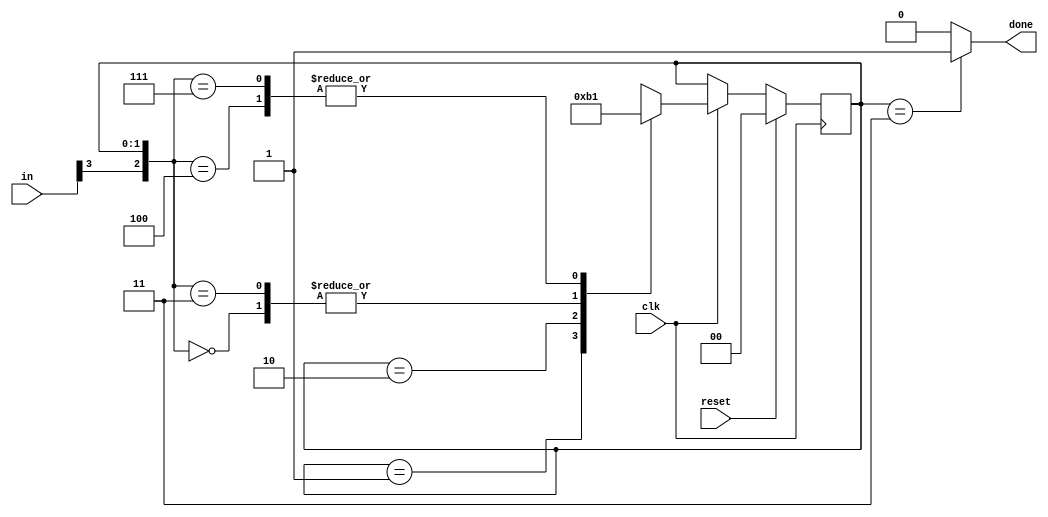
/*

Copyright 2022 Marc Ketel
SPDX-License-Identifier: Apache-2.0

*/

`default_nettype none

module top_module (
    input wire clk,
    input wire [7:0] in,
    input wire reset,
    output reg done
);

  parameter STATE_BYTE1 = 2'b00;
  parameter STATE_BYTE2 = 2'b01;
  parameter STATE_BYTE3 = 2'b10;
  parameter STATE_DONE = 2'b11;

  reg [1:0] state, next_state = STATE_BYTE1;

  //Determine next state.
  always @(*) begin
    casez ({
      in[3], state
    })
      {1'b0, STATE_BYTE1} : next_state = STATE_BYTE1;
      {1'b1, STATE_BYTE1} : next_state = STATE_BYTE2;
      {1'bz, STATE_BYTE2} : next_state = STATE_BYTE3;
      {1'bz, STATE_BYTE3} : next_state = STATE_DONE;
      {1'b0, STATE_DONE} : next_state = STATE_BYTE1;
      {1'b1, STATE_DONE} : next_state = STATE_BYTE2;
      default: next_state = state;
    endcase
  end

  //State transition.
  always @(posedge clk) begin
    if (reset) state <= STATE_BYTE1;
    else if (clk) begin
      state <= next_state;
    end
  end

  //Determine output.
  always @(*) begin
    case (state)
      STATE_DONE: done = 1'b1;
      default: done = 1'b0;
    endcase
  end
endmodule